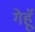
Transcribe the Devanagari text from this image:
गेहॅू